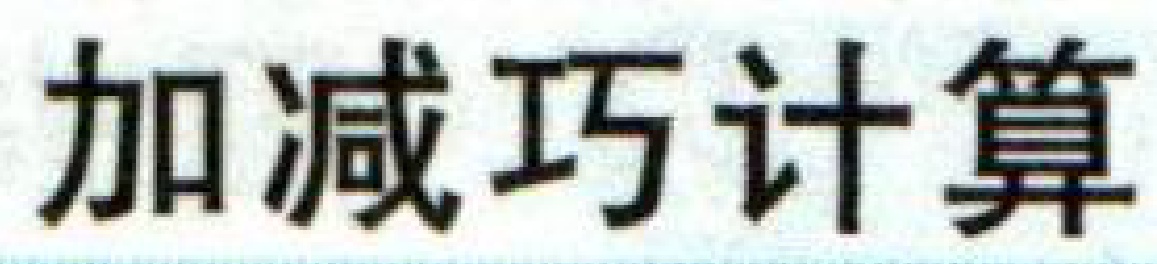
加减巧计算